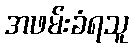
အဖမ်းခံရသူ